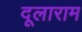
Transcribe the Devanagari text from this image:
दूलाराम